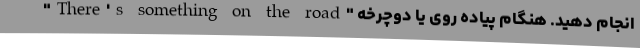
"There's something on the road" انجام دهید. هنگام پیاده روی یا دوچرخه